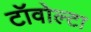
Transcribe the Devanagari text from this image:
टॉवोल्‍टा